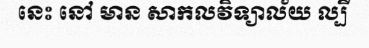
នេះ នៅ មាន សាកលវិទ្យាល័យ ល្បី